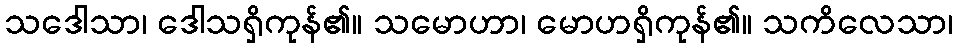
သဒေါသာ၊ ဒေါသရှိကုန်၏။ သမောဟာ၊ မောဟရှိကုန်၏။ သကိလေသာ၊